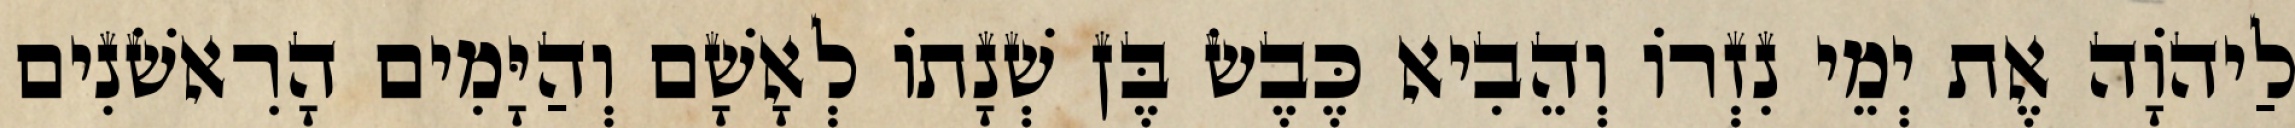
לַיהוָֹה אֶת יְמֵי נִזְרוֹ וְהֵבִיא כֶּבֶשׂ בֶּן שְׁנָתוֹ לְאָשָׁם וְהַיָּמִים הָרִאשֹׁנִים